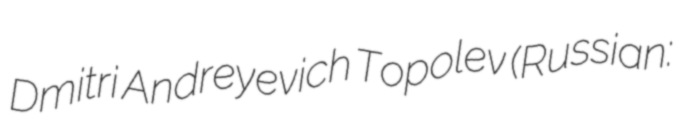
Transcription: Dmitri Andreyevich Topolev (Russian: